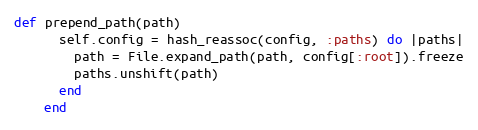
Language: Ruby
def prepend_path(path)
      self.config = hash_reassoc(config, :paths) do |paths|
        path = File.expand_path(path, config[:root]).freeze
        paths.unshift(path)
      end
    end